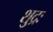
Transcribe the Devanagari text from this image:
शुद्रः